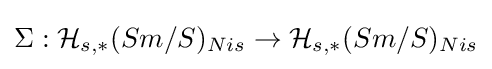
\Sigma :{\mathcal {H}}_{s,*}(Sm/S)_{Nis}\to {\mathcal {H}}_{s,*}(Sm/S)_{Nis}